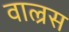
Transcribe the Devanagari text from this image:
वाल्रस